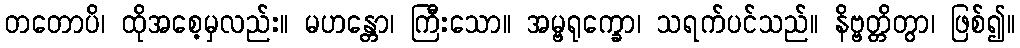
တတောပိ၊ ထိုအစေ့မှလည်း။ မဟန္တော၊ ကြီးသော။ အမ္ဗရုက္ခော၊ သရက်ပင်သည်။ နိဗ္ဗတ္တိတွာ၊ ဖြစ်၍။